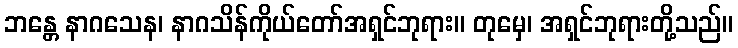
ဘန္တေ နာဂသေန၊ နာဂသိန်ကိုယ်တော်အရှင်ဘုရား။ တုမှေ၊ အရှင်ဘုရားတို့သည်။